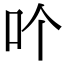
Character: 𠮶